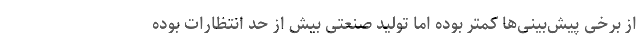
از برخی پیش‌بینی‌ها کمتر بوده اما تولید صنعتی بیش از حد انتظارات بوده